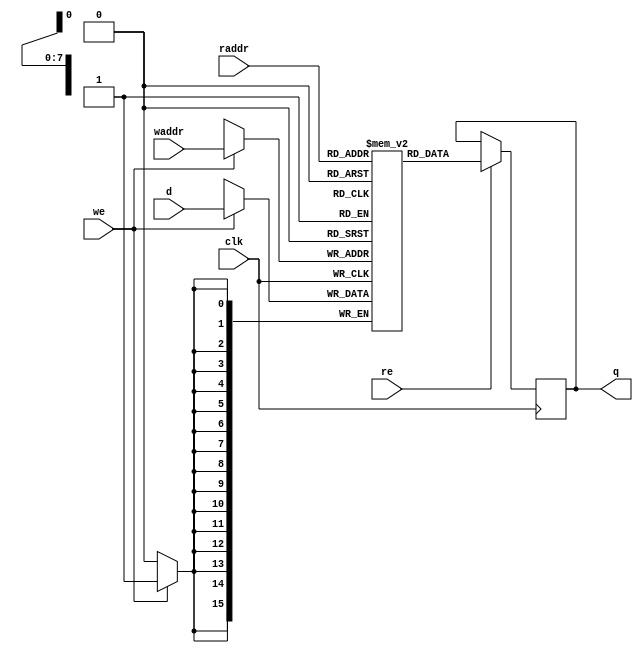
module mem(
	   input 		       clk,
	   input 		       we,
	   input [ADDR_WIDTH - 1 : 0]  waddr,
	   input [DATA_WIDTH - 1 : 0]  d,
	   input 		       re,
	   input [ADDR_WIDTH - 1 : 0]  raddr,
	   output [DATA_WIDTH - 1 : 0] q
	   );
   
   parameter ADDR_WIDTH = 8;
   parameter DATA_WIDTH = 16;
      
   localparam DEPTH = 1  << ADDR_WIDTH;

   parameter INIT = 0;
   parameter SPRITE_FILE_NAME = "";
   parameter SPRITE_FILE_WIDTH = 80;
   parameter PROGRAM_FILE_NAME = "";
   parameter PROGRAM_FILE_WIDTH = 256;
   
   localparam PROGRAM_FILE_START = 512;
   
   initial
     begin
	if (INIT)
	  begin
	     $readmemh(SPRITE_FILE_NAME, mem, 0, SPRITE_FILE_WIDTH - 1);
	     $readmemh(PROGRAM_FILE_NAME, mem,
		       PROGRAM_FILE_START, PROGRAM_FILE_START + PROGRAM_FILE_WIDTH - 1);
	  end
     end
   
   reg [DATA_WIDTH - 1 : 0] 	       mem [DEPTH - 1 : 0];
   reg [DATA_WIDTH - 1 : 0] 	       _q = 0;
   
   assign q = _q;
   
   always @ (posedge clk)
     begin
	if (we)
	  begin
	     mem[waddr] <= d;
	  end
	
	if (re)
	  begin
	     _q <= mem[raddr];
	  end
     end // always @ (posedge clk)
   
endmodule